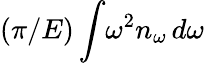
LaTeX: (\pi/E)\int\! \omega^{2}n_{\omega}\, d\omega